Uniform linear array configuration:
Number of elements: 8
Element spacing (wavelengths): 0.75
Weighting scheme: hamming
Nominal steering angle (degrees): -45
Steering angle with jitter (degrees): -43.123
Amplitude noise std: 0.05
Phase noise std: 0.05

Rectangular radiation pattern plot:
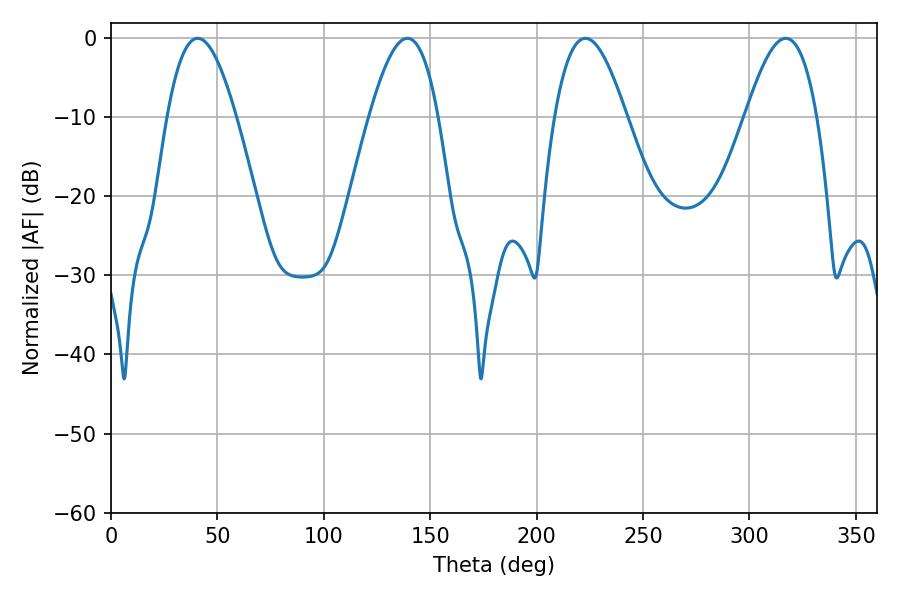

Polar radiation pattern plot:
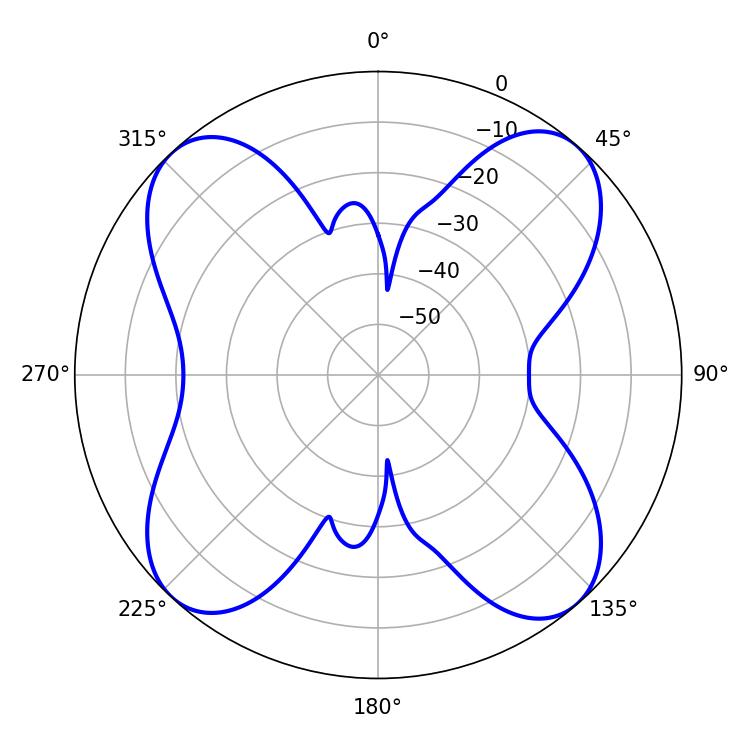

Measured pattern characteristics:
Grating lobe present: TRUE
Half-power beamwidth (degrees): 17.46
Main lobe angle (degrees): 40.68